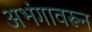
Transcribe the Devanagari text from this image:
अभंगावरून